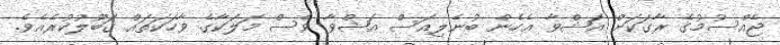
ޖެއްސުމުގެ ރާގަކަށް އަޝްވާ އެހެން ބުނެލިއަސް އަޝްވާ ވެސް މަލަކާގެ ވާހަކަތައް ގަބޫލުކުރެއެވެ.